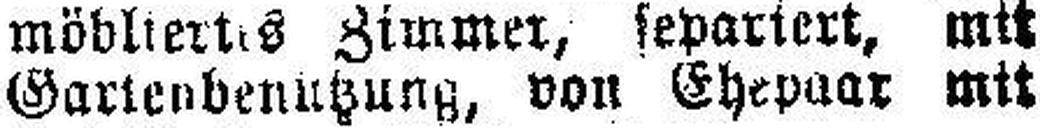
Gartenbenutzung, von Ehepaar mit